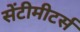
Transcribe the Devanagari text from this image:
सेंटीमीटर्स